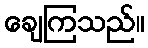
ချေကြသည်။